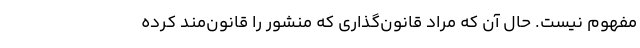
مفهوم نیست. حال آن که مراد قانون‌گذاری که منشور را قانون‌مند کرده